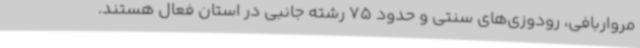
مرواربافی، رودوزی‌های سنتی و حدود 75 رشته جانبی در استان فعال هستند.